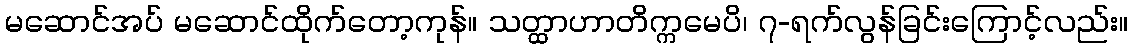
မဆောင်အပ် မဆောင်ထိုက်တော့ကုန်။ သတ္ထာဟာတိက္ကမေပိ၊ ၇-ရက်လွန်ခြင်းကြောင့်လည်း။